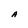
Character: A